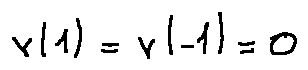
v ( 1 ) = v ( - 1 ) = 0